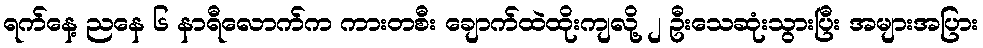
ရက်နေ့ ညနေ ၆ နာရီလောက်က ကားတစီး ချောက်ထဲထိုးကျလို့ ၂ ဦးသေဆုံးသွားပြီး အများအပြား